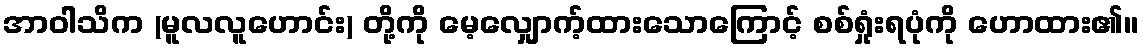
အာဝါသိက (မူလလူဟောင်း) တို့ကို မေ့လျှောက့်ထားသောကြောင့် စစ်ရှုံးရပုံကို ဟောထား၏။